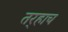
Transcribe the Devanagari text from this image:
तर्‍हाच